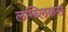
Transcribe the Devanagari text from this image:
लम्ब्लिकस